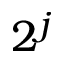
2 ^ { j }